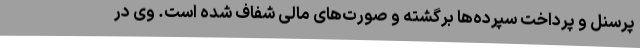
پرسنل و پرداخت سپرده‌ها برگشته و صورت‌های مالی شفاف شده است. وی در